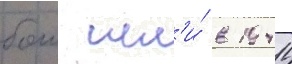
бои шл'и́ в 1944